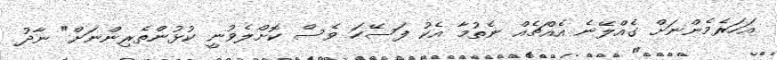
އަހަރެމެންނަށް ގެއްލޭނެ އެއްޗެއް ނެތުމާ އެކު ފަސޭހަ ވެސް ކޮށްލެވުނީ ކުޅުންތެރިންނަށް" ނާދު